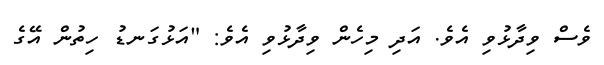
ވެސް ވިދާޅުވި އެވެ. އަދި މިހެން ވިދާޅުވި އެވެ: "އަޅުގަނޑު ހިތުން އޭގެ